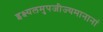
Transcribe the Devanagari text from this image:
इक्ष्यलमुपजीज्यमानानां